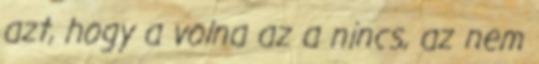
azt, hogy a volna az a nincs, az nem